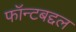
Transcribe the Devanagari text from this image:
फॉन्टबद्दल